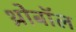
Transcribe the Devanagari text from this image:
थ्रोबॉल